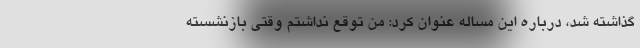
گذاشته شد، درباره این مساله عنوان کرد: من توقع نداشتم وقتی بازنشسته